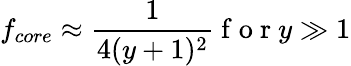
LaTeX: f_{core}\approx\frac{1}{4(y+1)^{2}}\mathrm{~f~o~r~}y\gg 1